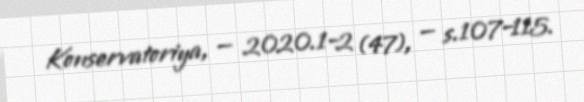
Konservatoriya, — 2020.1–2 (47), — s.107–115.